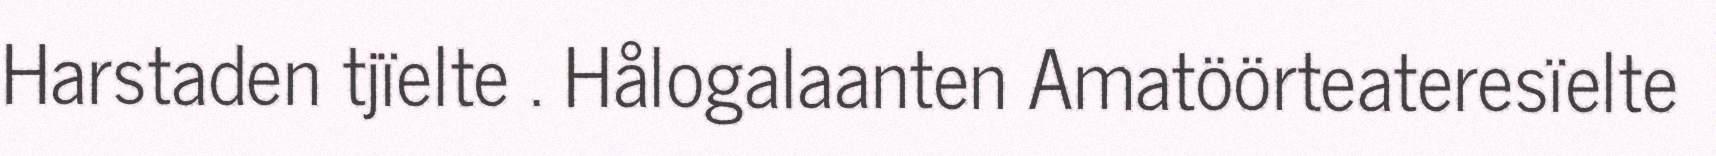
Harstaden tjïelte . Hålogalaanten Amatöörteateresïelte